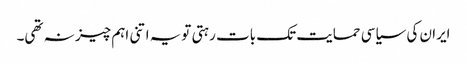
ایران کی سیاسی حمایت تک بات رہتی تویہ اتنی اہم چیز نہ تھی۔